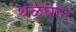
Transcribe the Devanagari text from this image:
थळघाट